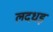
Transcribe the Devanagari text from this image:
लदधड़